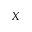
X